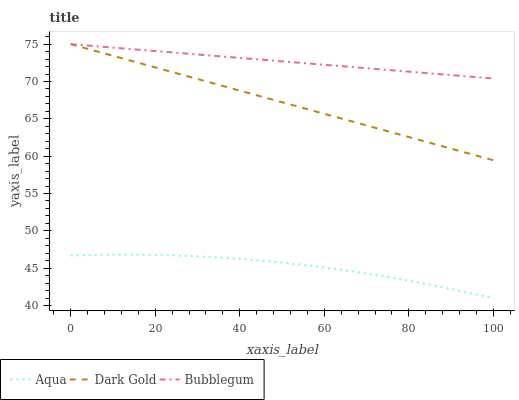
| xaxis_label | Aqua | Dark Gold | Bubblegum |
 | --- | --- | --- | --- |
 | 0 | 46.7 | 75 | 75 |
 | 8.33 | 46.8 | 73.7 | 74.6 |
 | 16.7 | 46.8 | 72.4 | 74.2 |
 | 25 | 46.7 | 71.1 | 73.9 |
 | 33.3 | 46.5 | 69.8 | 73.5 |
 | 41.7 | 46.2 | 68.5 | 73.1 |
 | 50 | 45.8 | 67.2 | 72.7 |
 | 58.3 | 45.2 | 65.9 | 72.3 |
 | 66.7 | 44.6 | 64.6 | 71.9 |
 | 75 | 43.8 | 63.3 | 71.6 |
 | 83.3 | 43 | 62 | 71.2 |
 | 91.7 | 42 | 60.8 | 70.8 |
 | 100 | 41 | 59.5 | 70.4 |